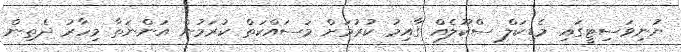
ޔުނިވަސިޓީގައި މެޑިކަލް ސްކޫލެއް ގާއިމު ކުރުމަށް މަސައްކަތް ކުރަމުން އަންނަތާ މިހާރު ދެތިން